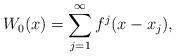
LaTeX: \begin{align*} W_0(x) = \sum_{j=1}^{\infty} f^j(x-x_j), \end{align*}